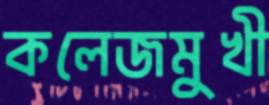
কলেজমুখী